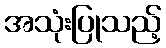
အသုံးပြုသည့်